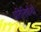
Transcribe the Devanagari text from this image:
प्रतिनिधींशी